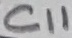
Text: C11